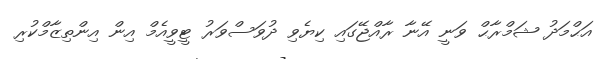
އަޙްމަދު ޝަމްރާޙް ވަނީ އޭނާ ރާއްޖޭގައި ކިޔެވި ދުވަސްވަރު ޓީވީއެމް އިން އިންތިޒާމްކުރި